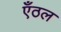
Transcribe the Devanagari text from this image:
एँठल